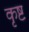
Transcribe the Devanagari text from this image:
कृष्ट